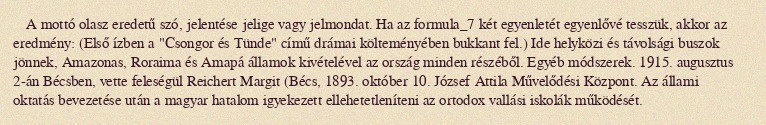
A mottó olasz eredetű szó, jelentése jelige vagy jelmondat. Ha az formula_7 két egyenletét egyenlővé tesszük, akkor az eredmény: (Első ízben a "Csongor és Tünde" című drámai költeményében bukkant fel.) Ide helyközi és távolsági buszok jönnek, Amazonas, Roraima és Amapá államok kivételével az ország minden részéből. Egyéb módszerek. 1915. augusztus 2-án Bécsben, vette feleségül Reichert Margit (Bécs, 1893. október 10. József Attila Művelődési Központ. Az állami oktatás bevezetése után a magyar hatalom igyekezett ellehetetleníteni az ortodox vallási iskolák működését.